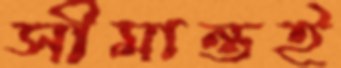
সীমান্তই